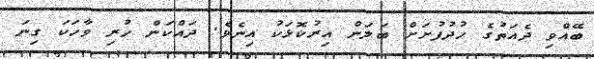
ބޭއްވި ދެއަތުގެ ހުދުފުށަށް ބަލަން އިރުކޮޅަކު އިނެވެ. ދައްކަން ހުރި ވާހަކަ ގިނަ